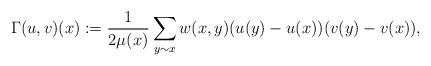
LaTeX: \begin{align*}\Gamma (u,v)(x) := \frac{1}{2\mu (x)} \sum_{y\sim x} w(x,y) (u(y)-u(x))(v(y)-v(x)),\end{align*}